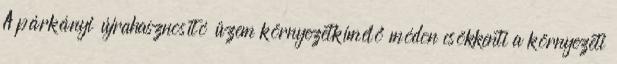
A párkányi újrahasznosító üzem környezetkímélő módon csökkenti a környezeti